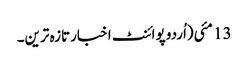
13 مئی(اُردو پوائنٹ اخبارتازہ ترین۔